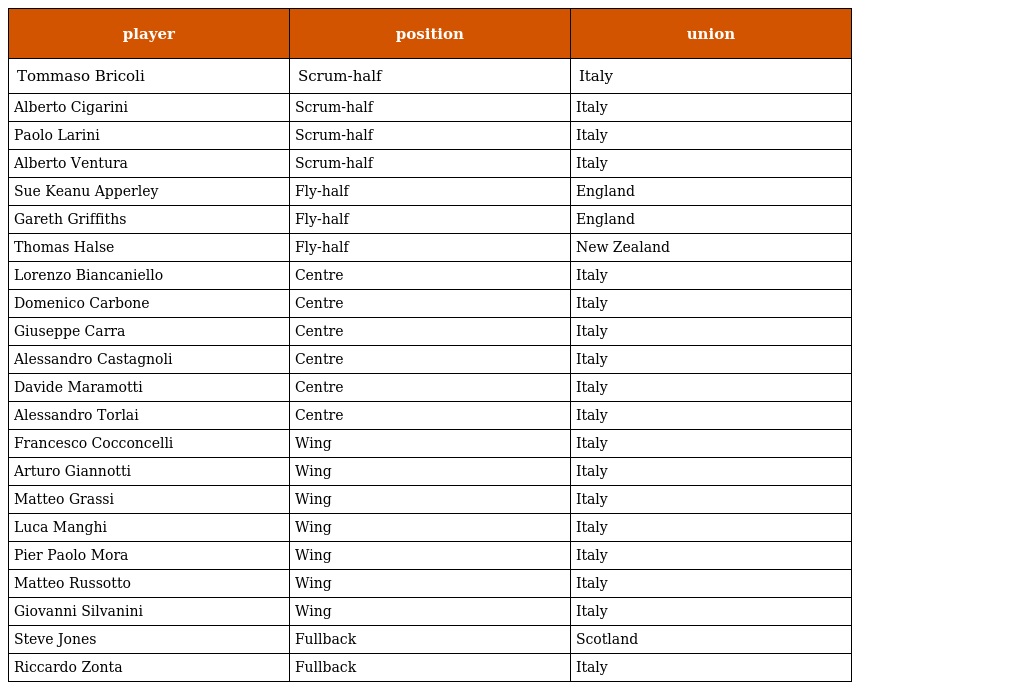
| player | position | union |
 | --- | --- | --- |
 | Tommaso Bricoli | Scrum-half | Italy |
 | Alberto Cigarini | Scrum-half | Italy |
 | Paolo Larini | Scrum-half | Italy |
 | Alberto Ventura | Scrum-half | Italy |
 | Sue Keanu Apperley | Fly-half | England |
 | Gareth Griffiths | Fly-half | England |
 | Thomas Halse | Fly-half | New Zealand |
 | Lorenzo Biancaniello | Centre | Italy |
 | Domenico Carbone | Centre | Italy |
 | Giuseppe Carra | Centre | Italy |
 | Alessandro Castagnoli | Centre | Italy |
 | Davide Maramotti | Centre | Italy |
 | Alessandro Torlai | Centre | Italy |
 | Francesco Cocconcelli | Wing | Italy |
 | Arturo Giannotti | Wing | Italy |
 | Matteo Grassi | Wing | Italy |
 | Luca Manghi | Wing | Italy |
 | Pier Paolo Mora | Wing | Italy |
 | Matteo Russotto | Wing | Italy |
 | Giovanni Silvanini | Wing | Italy |
 | Steve Jones | Fullback | Scotland |
 | Riccardo Zonta | Fullback | Italy |